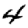
Digit: 4